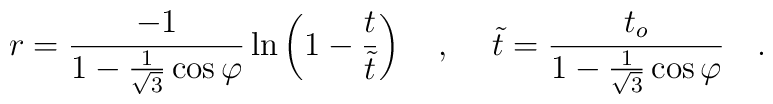
r=\frac{-1}{1-\frac{1}{\sqrt{3}}\cos{\varphi}}\ln \left( 1-\frac{t}{\tilde{t}} \right) ~~~, \hspace{.2in}\tilde{t}=\frac{t_{o}}{1-\frac{1}{\sqrt{3}}\cos{\varphi}} ~~~.